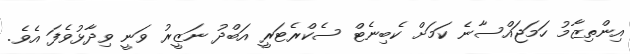
އިންތިޒާމު ހަމަޖައްސާނެ ކަމަށް ކެބިނެޓް ސެކްރެޓަރީ އަބްދު ނަޒީރު ވަނީ ވިދާޅުވެފަ އެވެ.